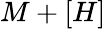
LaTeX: M+[H]